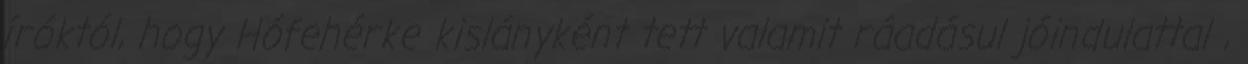
íróktól, hogy Hófehérke kislányként tett valamit ráadásul jóindulattal ,